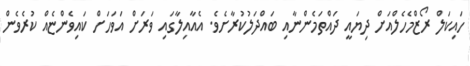
ހައިކަލް ރޯޒްމެހެލްއަށް ދިޔައީ ދައްތަމެންނާއި ބައްދަލުކުރާށެވެ. އެއާއިލާގައި ވަރަށް އަވަހަށް ކައިވެންޏެއް ކުރެވެން